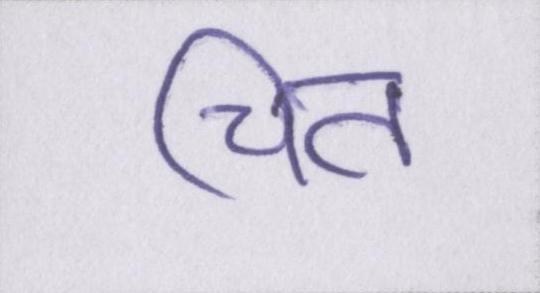
चित